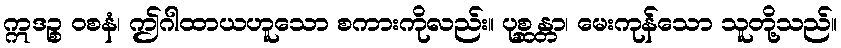
ဣဒဉ္စ ဝစနံ၊ ဤဂါထာယဟူသော စကားကိုလည်း။ ပုစ္ဆန္တာ၊ မေးကုန်သော သူတို့သည်။